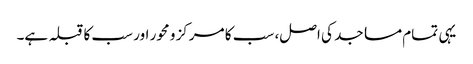
یہی تمام مساجد کی اصل، سب کا مرکز و محور اور سب کا قبلہ ہے۔